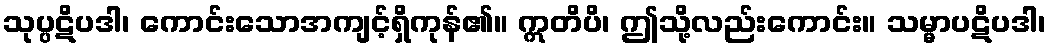
သုပ္ပဋိပဒါ၊ ကောင်းသောအကျင့်ရှိကုန်၏။ ဣတိပိ၊ ဤသို့လည်းကောင်း။ သမ္မာပဋိပဒါ၊